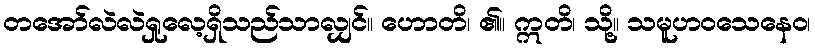
တအော်လဲလဲရှုလေ့ရှိသည်သာလျှင်။ ဟောတိ၊ ၏။ ဣတိ၊ သို့။ သမူဟဝသေနေဝ၊